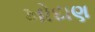
ખોદાણ